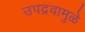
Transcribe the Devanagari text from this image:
उपद्रवामुळे